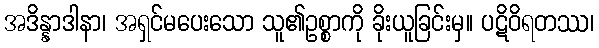
အဒိန္နာဒါနာ၊ အရှင်မပေးသော သူ၏ဥစ္စာကို ခိုးယူခြင်းမှ။ ပဋိဝိရတဿ၊